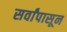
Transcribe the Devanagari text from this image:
सर्वांपासून